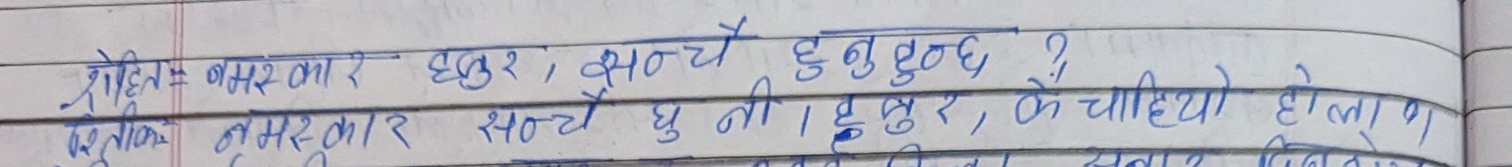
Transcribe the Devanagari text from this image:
रोहित बमस्कार हजुर, सन्चै हुनुहुन्छ ?